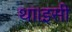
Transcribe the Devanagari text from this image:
था।इसी